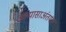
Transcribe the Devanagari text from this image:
अभ्यासाअंतर्गत